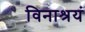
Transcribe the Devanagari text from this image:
विनाश्रयं